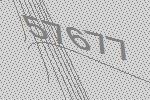
57677